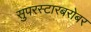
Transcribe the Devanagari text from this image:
सुपरस्टारबरोबर